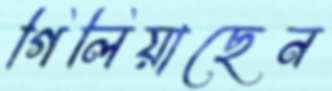
গিলিয়াছেন